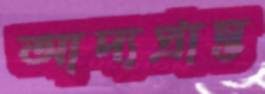
আদ্যপ্রান্ত